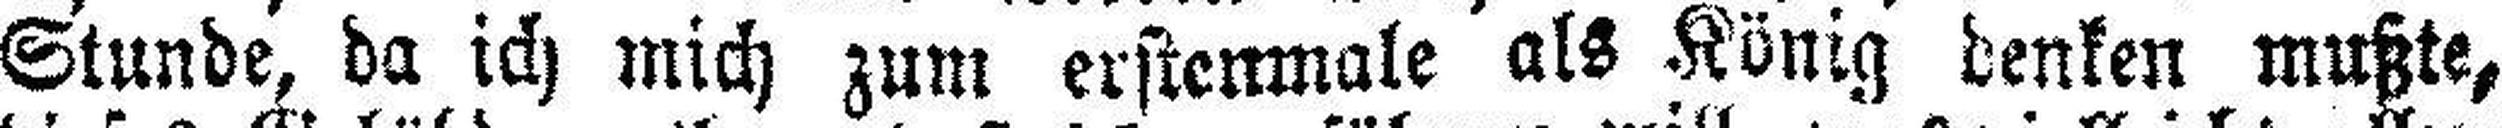
Stunde, da ich mich zum erstenmale als König denken mußte,